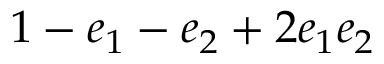
\displaystyle 1 - e _ { 1 } - e _ { 2 } + 2 e _ { 1 } e _ { 2 }